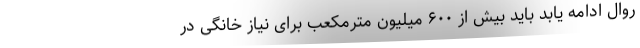
روال ادامه یابد باید بیش از ۶۰۰ میلیون مترمکعب برای نیاز خانگی در